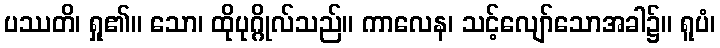
ပဿတိ၊ ရှု၏။ သော၊ ထိုပုဂ္ဂိုလ်သည်။ ကာလေန၊ သင့်လျော်သောအခါ၌။ ရူပံ၊